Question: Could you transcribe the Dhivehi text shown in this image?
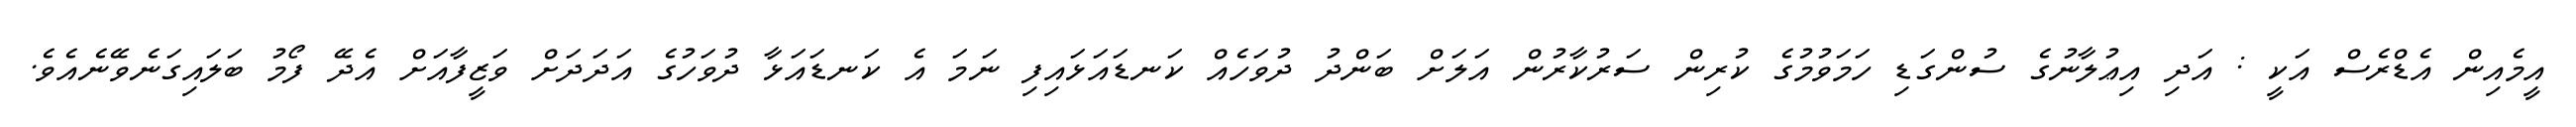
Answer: އީމެއިން އެޑްރެސް އަކީ : އަދި އިޢުލާނުގެ ސުންގަޑި ހަމަވުމުގެ ކުރިން ސަރުކާރުން އަލަށް ބަންދު ދުވަހެއް ކަނޑައަޅައިފި ނަމަ އެ ކަނޑައަޅާ ދުވަހުގެ އަދަދަށް ވަޒީފާއަށް އެދޭ ފޯމު ބަލައިގަނެވޭނެއެވެ.